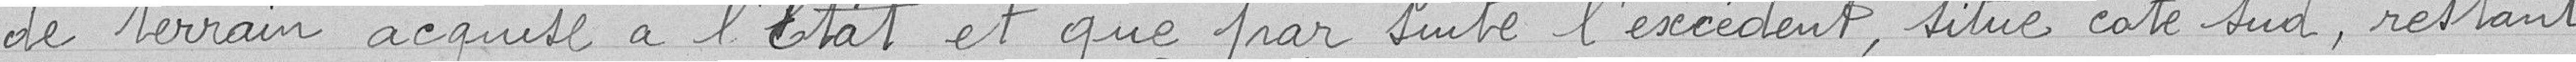
de terrain acquise à l'État et que par suite d'excédent, situé côté sud, restant